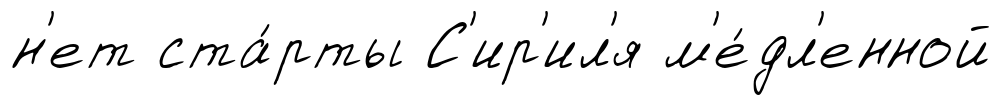
н'ет ста́рты С'ир'ил'я м'е́дл'енной